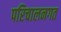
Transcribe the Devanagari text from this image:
परिचालनगत